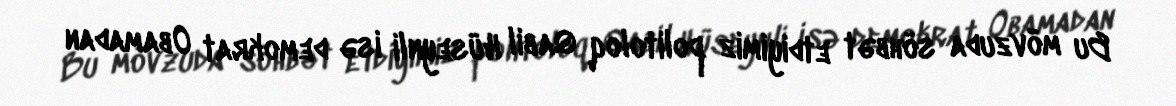
Bu mövzuda söhbət etdiyimiz politoloq Qabil Hüseynli isə demokrat Obamadan